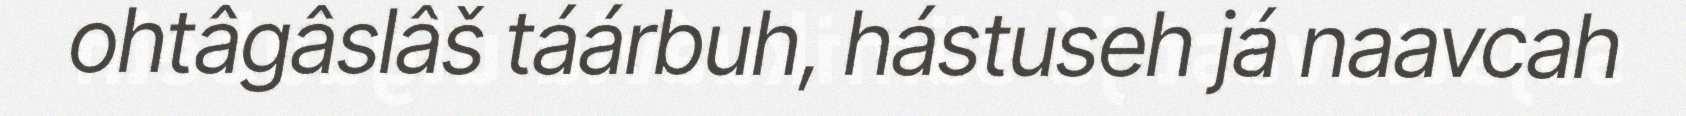
ohtâgâslâš táárbuh, hástuseh já naavcah